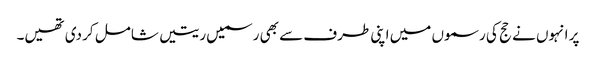
پر انہوں نے حج کی رسموں میں اپنی طرف سے بھی رسمیں ریتیں شامل کر دی تھیں۔